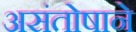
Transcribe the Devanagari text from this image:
असंतोषाने